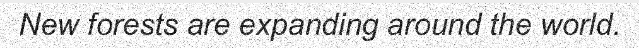
New forests are expanding around the world.